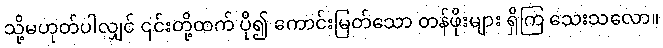
သို့မဟုတ်ပါလျှင် ၎င်းတို့ထက် ပို၍ ကောင်းမြတ်သော တန်ဖိုးများ ရှိကြ သေးသလော။